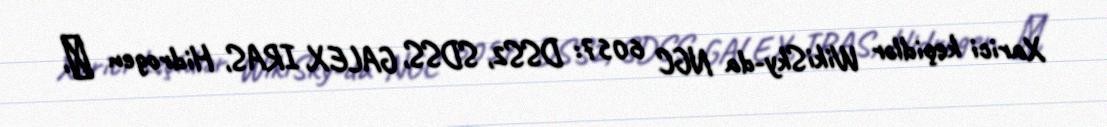
Xarici keçidlər WikiSky-da NGC 6057: DSS2, SDSS, GALEX, IRAS, Hidrogen α,